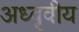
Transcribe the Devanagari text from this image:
अध्वृवीय